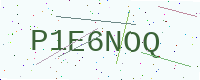
Text: P1E6NOQ